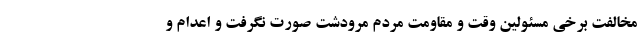
مخالفت برخی مسئولین وقت و مقاومت مردم مرودشت صورت نگرفت و اعدام و